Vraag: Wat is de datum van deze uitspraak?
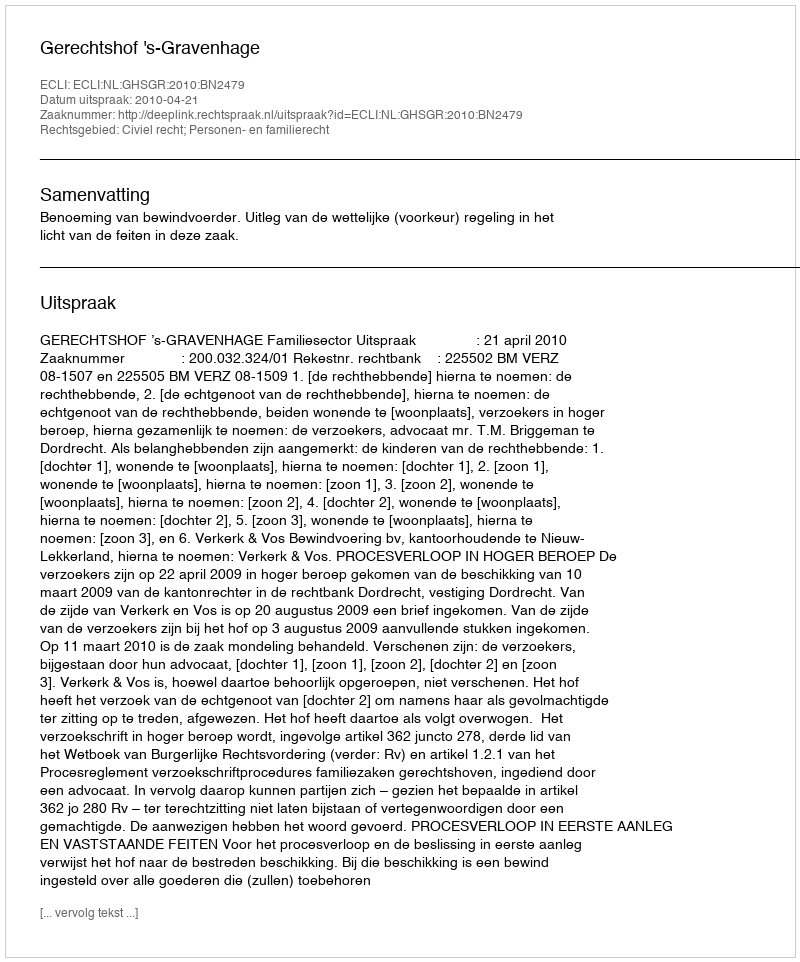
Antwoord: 2010-04-21